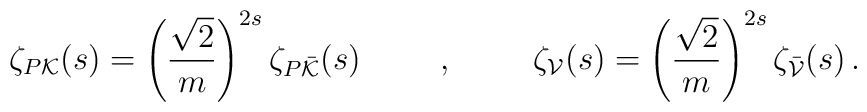
\zeta_{P{\cal K}}(s)=\left( \frac{\sqrt{2}}{m}\right)^{2s} \zeta_{P\bar{\cal K}}(s) \hspace{1cm}, \hspace{1cm} \zeta_{\cal V}(s)=\left( \frac{\sqrt{2}}{m} \right)^{2s} \zeta_{\bar{\cal V}}(s)\,.